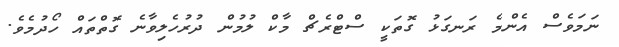
ނަމަވެސް އެންމެ ރަނގަޅު ގޮތަކީ ސްޓްރެޗް މާކް ލުމުން ދުރުހެލިވާނެ ގޮތްތައް ހޯދުމެވެ.